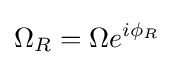
\Omega _{R}=\Omega e^{i\phi _{R}}